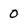
Character: 0